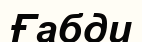
Ғабди